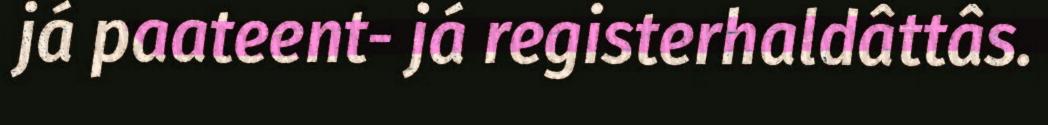
já paateent- já registerhaldâttâs.